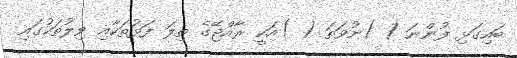
ބައިގަޅި ފުންނަ ( )ނުވަތަ ( )އަކީ ރާއްޖޭގެ ތިލަ ފަޅުތަކާއި ވިލުތަކުގައި